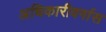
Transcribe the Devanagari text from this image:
अधिकारीवर्गास